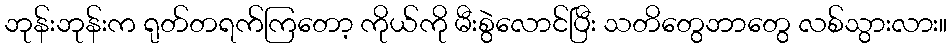
ဘုန်းဘုန်းက ရုတ်တရက်ကြတော့ ကိုယ်ကို မီးစွဲလောင်ပြီး သတိတွေဘာတွေ လစ်သွားလား။